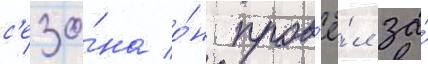
с'езо́на о́н пров'ё́л за́